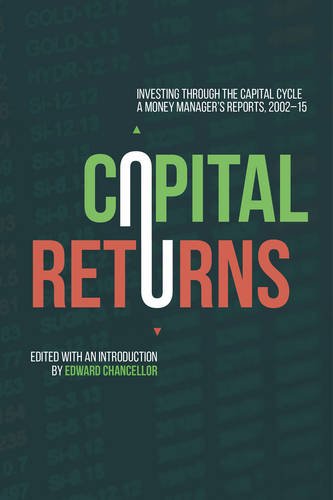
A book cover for Capital Returns: Investing Through the Capital Cycle: A Money Manager's Reports 2002-15; Business & Money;